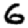
Digit: 6